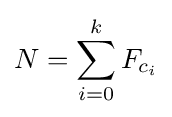
N=\sum _{i=0}^{k}F_{c_{i}}